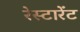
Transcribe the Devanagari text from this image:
रेस्टारेंट